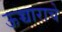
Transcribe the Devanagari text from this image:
ऊच्चाराचे